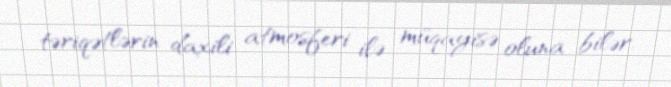
təriqətlərin daxili atmosferi ilə müqayisə oluna bilər.